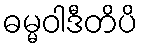
ဓမ္မဝါဒီတိပိ